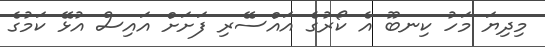
މިިދިޔަ މަހު ކިނބޫ އެ ކޯރުގެ އައްސޭރި ފަށަށް އައިސް އުޅޭ ކަމުގެ